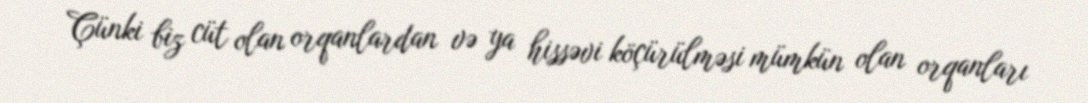
Çünki biz cüt olan orqanlardan və ya hissəvi köçürülməsi mümkün olan orqanları